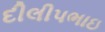
દીલીપભાઇ